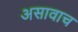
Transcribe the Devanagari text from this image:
असावाच